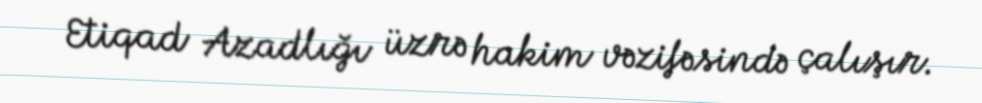
Etiqad Azadlığı üzrə hakim vəzifəsində çalışır.